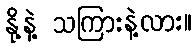
နို့နဲ့ သကြားနဲ့လား။